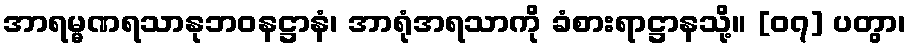
အာရမ္မဏရသာနုဘဝနဋ္ဌာနံ၊ အာရုံအရသာကို ခံစားရာဋ္ဌာနသို့။ [၀၇] ပတွာ၊